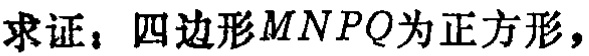
求证：四边形\(MNPQ\)为正方形，